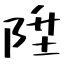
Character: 陞